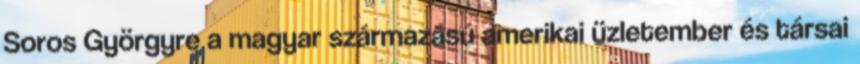
Soros Györgyre a magyar származású amerikai üzletember és társai